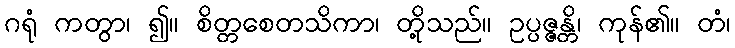
ဂရုံ ကတွာ၊ ၍။ စိတ္တစေတသိကာ၊ တို့သည်။ ဥပ္ပဇ္ဇန္တိ၊ ကုန်၏။ တံ၊